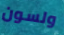
ولسون